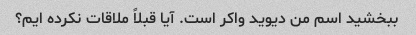
ببخشید اسم من دیوید واکر است. آیا قبلاً ملاقات نکرده ایم؟